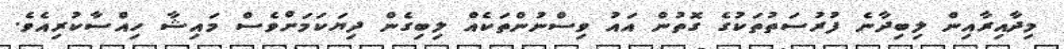
މިދާއިރާއިން ލިބިދާނެ ފުރުސަތުތަކުގެ ގޮތުން އައު ވިސްނުންތަކެއް ލިބިގެން ދިޔަކަމަށްވެސް މައިޝާ ހިއްސާކުރިއެވެ.